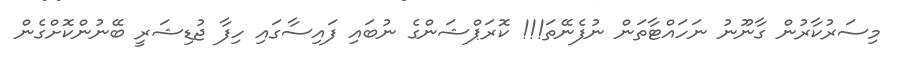
މިސަރުކާރުން ގާނޫނު ނަހައްޓާތަން ނުފެނޭތަ!!! ކޮރަޕްޝަންގެ ނުބައި ފައިސާގައި ހިފާ ޖުޑިޝަރީ ބޭނުންކޮށްގެން